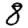
Digit: 8